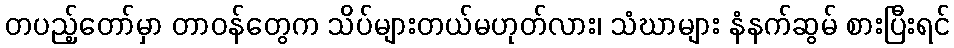
တပည့်တော်မှာ တာဝန်တွေက သိပ်များတယ်မဟုတ်လား၊ သံဃာများ နံနက်ဆွမ် စားပြီးရင်